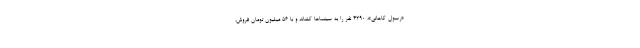
«رسول کاهانی»، ۴۲۹۰ نفر را به سینماها کشاند و با ۵۶ میلیون تومان فروش،